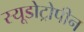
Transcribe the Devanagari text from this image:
स्यूडोट्रोपीन